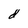
Character: d